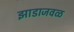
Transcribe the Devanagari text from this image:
झाडाजवळ